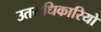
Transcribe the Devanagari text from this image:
उतराधिकारियो